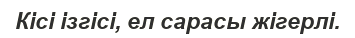
Кісі ізгісі, ел сарасы жігерлі.